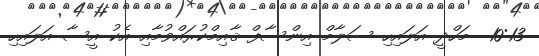
10:13  މަހްދީ އަލައިހި ސަލާމް އިންސާފް ޤާއިމްކުރައްވުމާއި އެކު އީސާ އަލައިހި